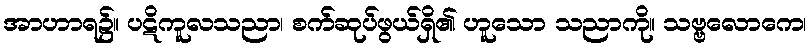
အာဟာရ၌။ ပဋိကူလသညာ၊ စက်ဆုပ်ဖွယ်ရှိ၏ ဟူသော သညာကို။ သဗ္ဗလောကေ၊